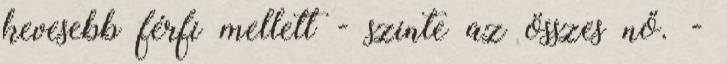
kevesebb férfi mellett - szinte az összes nő. -